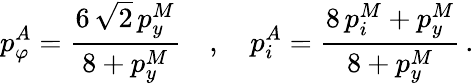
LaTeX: p_{\varphi}^{A}=\frac{6\, \sqrt 2\, p_{y}^{M}}{8+p_{y}^{M}}\quad,\quad p_{i}^{A}=\frac{8\, p_{i}^{M}+p_{y}^{M}}{8+p_{y}^{M}}\, .